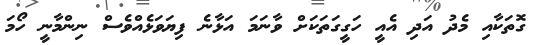
ގޮތަކާއި މެދު އަދި އެއީ ހަގީގަތަކަށް ވާނަމަ އަޅާނެ ފިޔަވަޅެއްވެސް ނިންމާނީ ހޯމަ